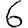
Digit: 6